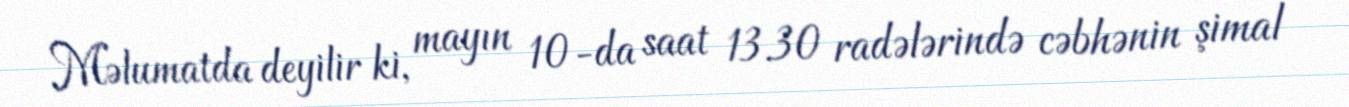
Məlumatda deyilir ki, mayın 10-da saat 13.30 radələrində cəbhənin şimal